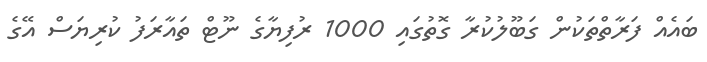
ބައެއް ފަރާތްތަކުން ގަބޫލުކުރާ ގޮތުގައި 1000 ރުފިޔާގެ ނޫޓް ތައާރަފު ކުރިޔަސް އޭގެ